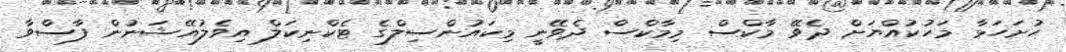
ހުށަހަޅާ މަހުކުއްޔަށް ދެވޭ މާކްސް މިމާކްސް ދެވޭނީ މިކައުންސިލްގެ ޓެކްނިކަލް އިވެލުއޭޝަނުން ފާސްވާ